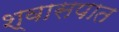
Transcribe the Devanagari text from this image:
श्वासपात